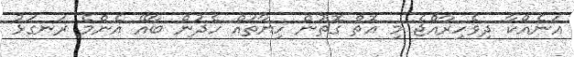
އަނެއްކާ ދިވެހިރާއްޖެ މި އޮތް ގޮތުން ހިޔާތައް ހެދުން ބާއޭ އެންމެ ރަނގަޅު